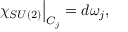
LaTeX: \left. \chi _ { S U ( 2 ) } \right| _ { C _ { j } } = d \omega _ { j } ,